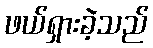
ဖယ်ရှားခဲ့သည်